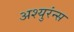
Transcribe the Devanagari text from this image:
अश्युरंन्स